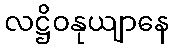
လဋ္ဌိဝနုယျာနေ